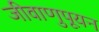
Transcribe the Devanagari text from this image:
जीवाणुपूयन